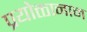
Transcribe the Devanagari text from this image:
प्रयोक्तानाम